Alphabetical list of drugs, medicines and other preparations free from, and containing, spirit compiled from the results of tests made by the customs houses at Calcutta, Bombay, and Madras
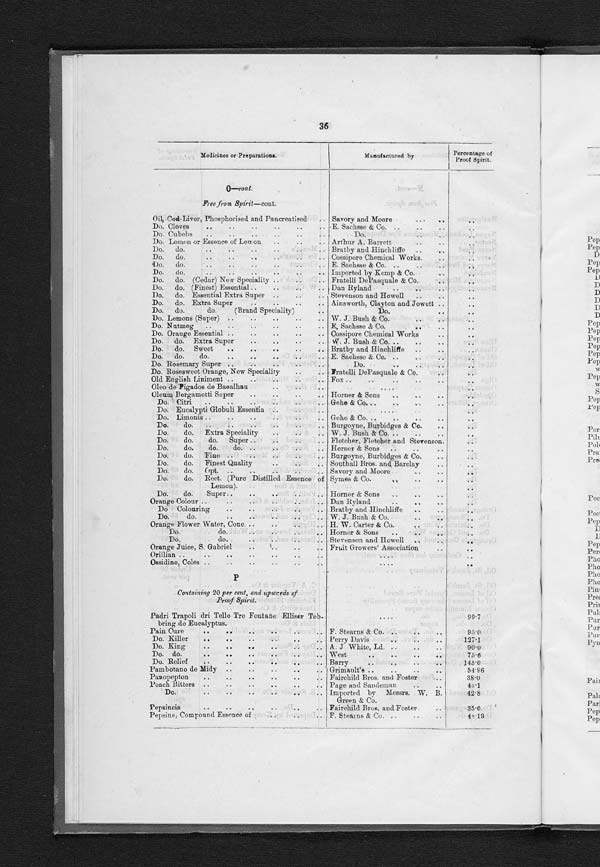
36
Medicines or Preparations.
Manufactured by
Percentage of
Proof Spirit.
O—cont .
Free from Spirit— cont .
Oil, Cod-Liver, Phosphorised and Pancreatised
. . . Savory and Moore
. . .
. . .
Do. Cloves
. . . E. Sachsse & Co.
. . .
. . .
Do. C u b e b s
. . .
Do. . . .
Do. Lemon or Essence of Lemon
. . . Arthur A. Barrett
. . .
. . .
Do. do.
. . . Bratby and Hinchliffe
. . .
. . .
Do.
do.
. . . Cossipore Chemical Works.
. . .
. . .
Do. do.
. . . E. Sachsse & Co.
. . .
. . .
Do.
do.
.
.
. Imported by Kemp & C o . . . .
. . .
Do.
do. (Cedar) New Speciality
. . . Fratelli DePasquale & Co.
. . .
. . .
Do. do. (Finest) Essential . . . Dan Ryland
. . .
. . .
Do.
do. Essential Extra Super
. . . Stevenson and Howell
. . .
. . .
Do. do. Extra Super
. . . Ainsworth, Clayton and Jowett . . .
. . .
Do.
do.
do.
(Brand Speciality) . . .
Do.
. . .
. . .
Do. Lemons (Super)
. . . W . J. Bush & Co. . . .
. . .
Do. Nutmeg
. . . E, Sachsse & Co.
. . .
. . .
Do. Orange Essential
. . . Cossipore Chemical Works . . .
. . .
Do.
do. Extra Super
. . . W. J. Bush & Co. . .
. . .
Do.
do.
Sweet . . .
Bratby and Hinchliffe
..
..
Do.
do.
do.
. . . E. Sachsse & Co.
. . .
. . .
Do. Rosemary Super
. . .
Do.
. . .
. . .
Do. Rosesweet Orange, New Speciality
. . . Fratelli DePasquale & Co.
. . .
. . .
Old English Liniment
. . . Fox . . .
. . .
Oleo do Figados de Baoalhau
. . .
. . .
. . .
Oleum Bergamotti Super
. . . Horner & Sons
. . .
. . .
Do. Citri
. . .
G e h e
& C o . . .
. . .
Do. Eucalypti Globuli Essentia
. . .
. . .
. . .
Do. Limonis . . . Gehe & Co. . . .
. . .
Do.
do.
. . . Burgoyne, Burbidges & Co.. . .
. . .
Do.
do.
Extra Speciality
. . . W. J. Bush & Co. . . .
. . .
Do.
do.
do.
Super . . . Fletcher, Fletcher and Stevenson. . . .
. . .
Do.
do.
do.
do.
. . . Horner & Sons
. . .
. . .
1)o.
do.
Fine
. . . Burgoyne, Burbidges & Co. . . .
. . .
Do.
do.
Finest Quality
. . . Southall Bros and Barclay
. . . . . .
Do.
do.
Opt.
. . . Savory and Moore
. . .
. . .
Do.
do.
Rect. (Pure Distilled Essence of
Lemon).
Symes & Co.
. . .
. . .
Do.
do.
Super. . . . Horner & Sons
. . .
. . .
Orange Colour
. . . Dan Ryland
. . .
. . .
Do
Colouring
. . . Bratby and Hinchliffe
. . .
. . .
Do.
do.
. . . W. J. Bush & Co. . . .
. . .
Orange Flower Water, Conc. . . . H. W. Carter & Co. . . .
. . .
Do.
do.
. . . Horner & Sons
. . .
. . .
Do.
do.
. . . Stevenson and Howell
. . .
. . .
Orange Juice, S. Gabriel
. . . Fruit Growers' Association
. . .
. . .
Orillian
. . .
. . .
. . .
Ossidine, Coles
. . .
. . .
. . .
P
Containing 20 per cent, and upwards of
Proof Spirit.
Padri Trapoli dri Tolle Tre Fontane Elliser Teb-
bring do Eucalyptus.
. . .
99.7
Pain Cure
. . . F. Stearns & Co. . . .
95.0
Do. Killer
. . . Perry Davis
. . .
127.1
Do. King
. . . A. J White, Ld. . . .
9 0 . 0
D o. do.
.
.
. West
. . .
75.6
Do. Relief
. . . Barry
. . .
145.0
Pambotano de Midy
. . . Grimault's . . .
54.96
Panopepton
. . . Fairchild Bros. and Foster . . .
3 8 . 0
Peach Bitters
. . . Page and Sandeman
. . .
43.1
Do..
.
. Imported by Messrs. W. B.
Green & Co. . . .
42.8
Pepsincia
. . . Fairchild Bros. and Foster . . .
35.0
Pepsine, Compound Essence of . . .
F. Steams & Co. . . .
4 8 . 1 9